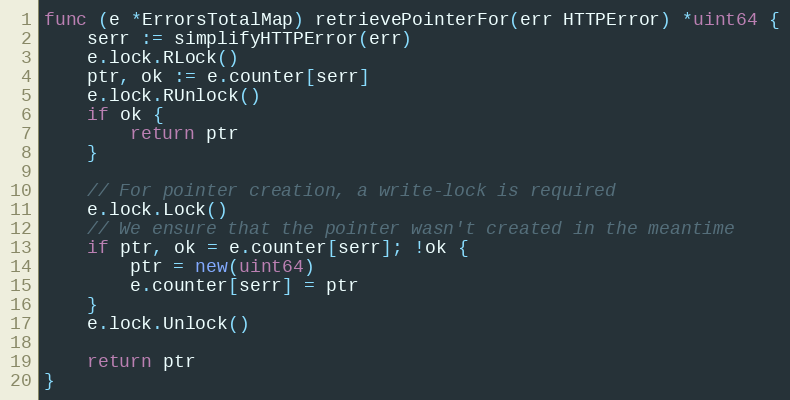
Language: Go
func (e *ErrorsTotalMap) retrievePointerFor(err HTTPError) *uint64 {
	serr := simplifyHTTPError(err)
	e.lock.RLock()
	ptr, ok := e.counter[serr]
	e.lock.RUnlock()
	if ok {
		return ptr
	}

	// For pointer creation, a write-lock is required
	e.lock.Lock()
	// We ensure that the pointer wasn't created in the meantime
	if ptr, ok = e.counter[serr]; !ok {
		ptr = new(uint64)
		e.counter[serr] = ptr
	}
	e.lock.Unlock()

	return ptr
}